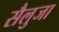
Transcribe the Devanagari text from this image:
सैलुजा